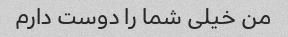
من خیلی شما را دوست دارم